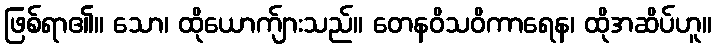
ဖြစ်ရာ၏။ သော၊ ထိုယောက်ျားသည်။ တေနဝိသဝိကာရေန၊ ထိုအဆိပ်ဟူ။